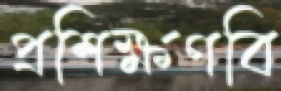
প্রশিক্ষণবি